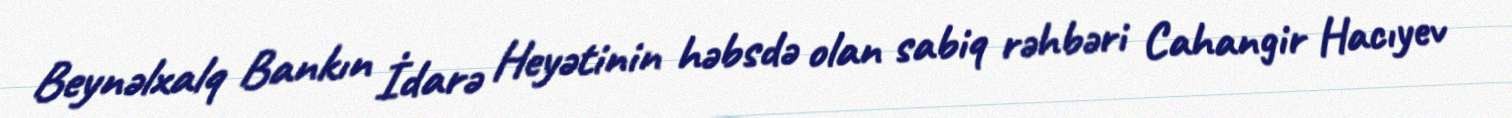
Beynəlxalq Bankın İdarə Heyətinin həbsdə olan sabiq rəhbəri Cahangir Hacıyev